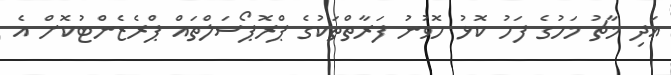
އަދި މާޗު މަހުގެ ފަހު ކޮޅު ހޮވުނު ފަރާތްތަކުގެ ޕްރޮޕޯސަލްތައް ޕްރެޒެންޓުކޮށް އެ